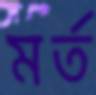
মর্ত